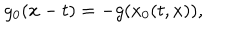
LaTeX: g _ { 0 } ( x - t ) = - g ( x _ { 0 } ( t , x ) ) ,